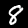
Digit: 8